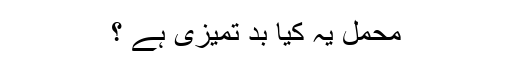
محمل یہ کیا بد تمیزی ہے ؟